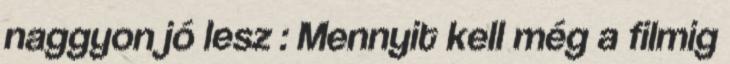
naggyon jó lesz : Mennyit kell még a filmig